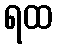
ရထ